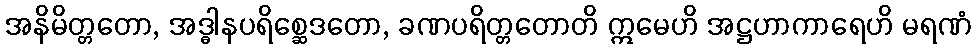
အနိမိတ္တတော, အဒ္ဓါနပရိစ္ဆေဒတော, ခဏပရိတ္တတောတိ ဣမေဟိ အဋ္ဌဟာကာရေဟိ မရဏံ